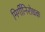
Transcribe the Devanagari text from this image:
मिर्गीनिरोधक